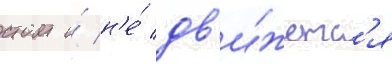
стоит и́ н'е́ дв'и́жетс'я